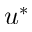
u ^ { * }